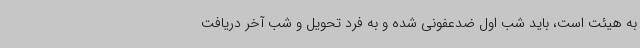
به هیئت است، باید شب اول ضدعفونی شده و به فرد تحویل و شب آخر دریافت